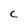
Character: C